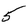
Character: 5